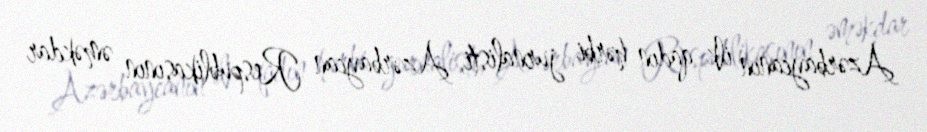
Azərbaycanın ilk qadın hərbi jurnalisti, Azərbaycan Respublikasının əməkdar